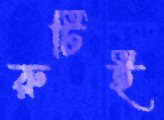
রুটিই